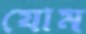
যোম